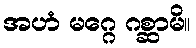
အဟံ မဂ္ဂေ ဂစ္ဆာမိ။